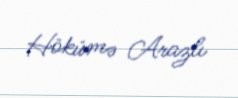
Hökümə Arazlı